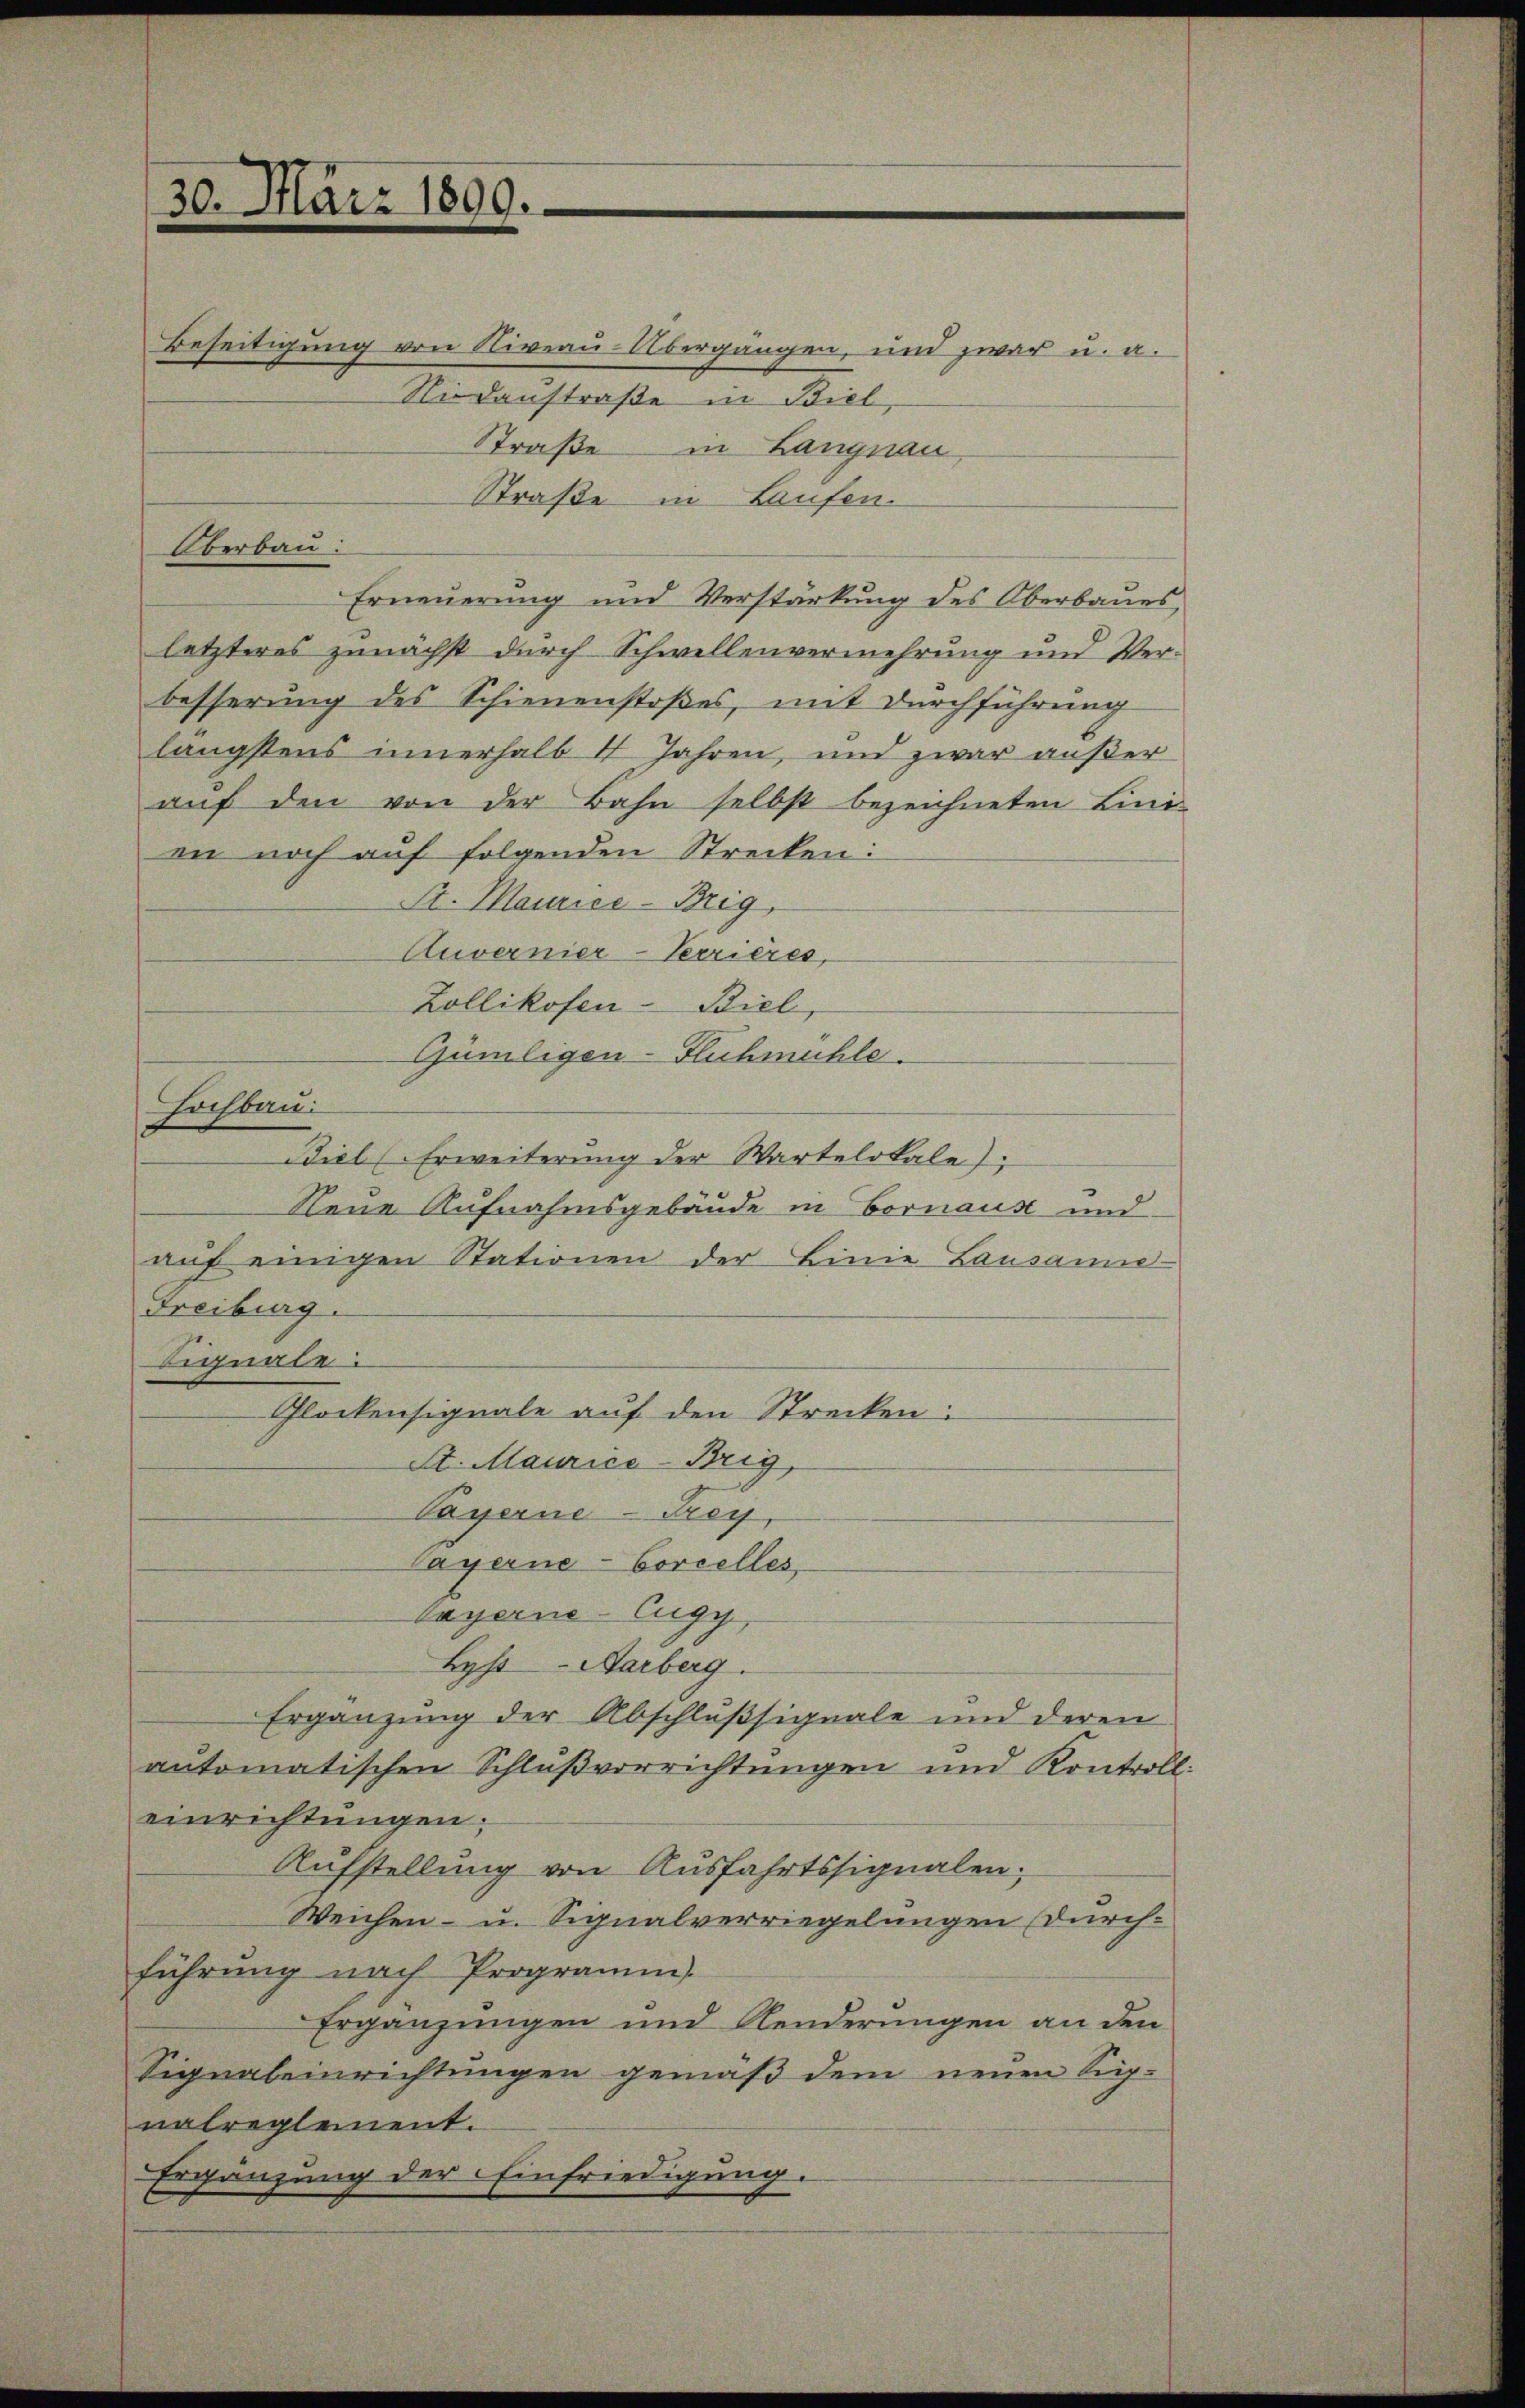
Beseitigung von Niveau-Übergängen, und zwar u. a.
Niedenstraße in Biel
Straße in Langnau,
Straße in Laufen.
Erneuerung und Verstärkung des Oberbaues
letzteres zunächst durch Schwellenvermehrung und Verbesserung des Schienenstoβes, mit dŭrchführŭng
längstens innerhalb 4 Jahren, und zwar außer
auf den von der Bahn selbst bezeichneten Lini-
en noch auf folgenden Strecken:
Sr. Maurice -Brig,
Auvernier-Terrieres,
Zollikofen- Biel
Gümiligen-Fluhmühle.
Biel (Erweiterung der Wartelokale)
Neue Aufnahmsgebäude in Fornaus und
aŭf einigen Stationen der Linie Lausanne
Freiburg.
Signale:
Glockensignale auf den Strecken:
St. Maurice-Brig
Payerne-Frey
layerne-Corcelles,
bayerne-Eugy
Byst-Aarberg.
Ergänzung der Abschlußsignale und deren
automatischen Schlußverrichtungen und Kontroll:
einrichtungen;
Aufstellung von Ausfahrtssignalen;
Weichen- u. Signalverriegelungen durch-
führung nach Programm
Ergänzungen und Renderungen an den
Signaleinrichtungen gemäß dem neuen Supnatreglement.
Ergänzung der Einfriedigung.

30. März 1899.

Oberbau:

Hochbau.